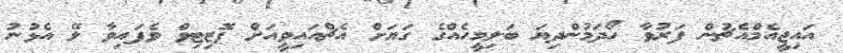
އައިޖީއެމްއެޗުން ފަރުވާ ހޯދަމުންދިޔަ ބަލިމީހެއްގެ ގަޔަށް އެޗްއައިވީއަށް ޕޮޒިޓިވް ވެފައިވާ ލޭ އެޅުނު